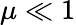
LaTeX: \mu\ll 1